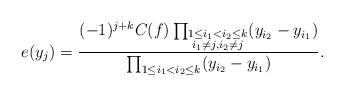
LaTeX: \begin{align*}e(y_j)=\frac{(-1)^{j+k}C(f)\prod_{\substack{1\le i_1<i_2\le k\\ i_1\ne j, i_2\ne j}} (y_{i_2}-y_{i_1})}{\prod_{1\le i_1<i_2\le k} (y_{i_2}-y_{i_1})}.\end{align*}